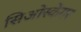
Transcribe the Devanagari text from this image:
सिओस्केगर